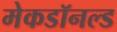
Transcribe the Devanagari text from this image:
मेकडॉनल्ड